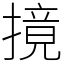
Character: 摬